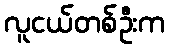
လူငယ်တစ်ဦးက